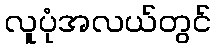
လူပုံအလယ်တွင်